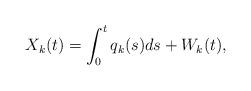
LaTeX: \begin{align*}X_k(t) = \int_0^tq_k(s)ds + W_k(t),\end{align*}